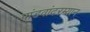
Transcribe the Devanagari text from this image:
पांडवांदरम्यान